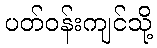
ပတ်ဝန်းကျင်သို့